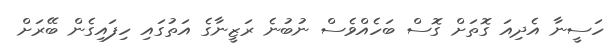
ހަސީނާ އެދިއަ ގޮތަށް ގޮސް ބަހެއްވެސް ނުބުނެ ރަޒީނާގެ އަތުގައި ހިފައިގެން ބޭރަށް